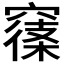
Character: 𥧽